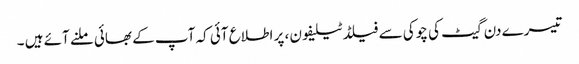
تیسرے دن گیٹ کی چوکی سے فیلڈ ٹیلیفون ، پر اطلاع آئی کہ آپ کے بھائی ملنے آئے ہیں ۔